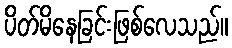
ပိတ်မိနေခြင်းဖြစ်လေသည်။